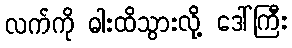
လက်ကို ဓါးထိသွားလို့ ဒေါ်ကြီး